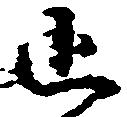
追